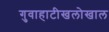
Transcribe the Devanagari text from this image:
गुवाहाटीखलोखाल